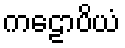
ကဠောပိယံ